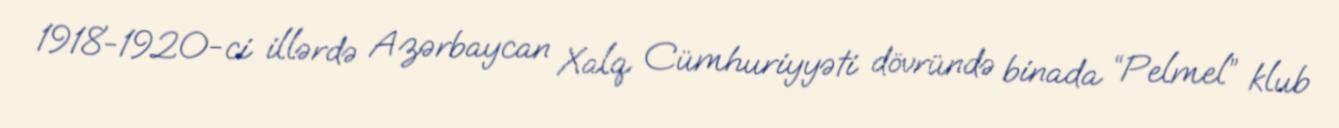
1918-1920-ci illərdə Azərbaycan Xalq Cümhuriyyəti dövründə binada “Pelmel” klub